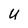
Character: U